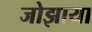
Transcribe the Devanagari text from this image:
जोझाया